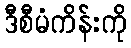
ဒီစီမံကိန်းကို